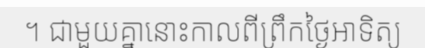
។ ជាមួយគ្នានោះកាលពីព្រឹកថ្ងៃអាទិត្យ